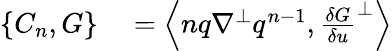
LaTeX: \begin{array}{rl}{\{ C_{n},G\} }&{{}=\left\langle nq\nabla^{\perp}q^{n-1},\frac{\delta G}{\delta u}^{\perp}\right\rangle}\end{array}